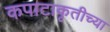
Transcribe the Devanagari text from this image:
कपाटाकृतीच्या